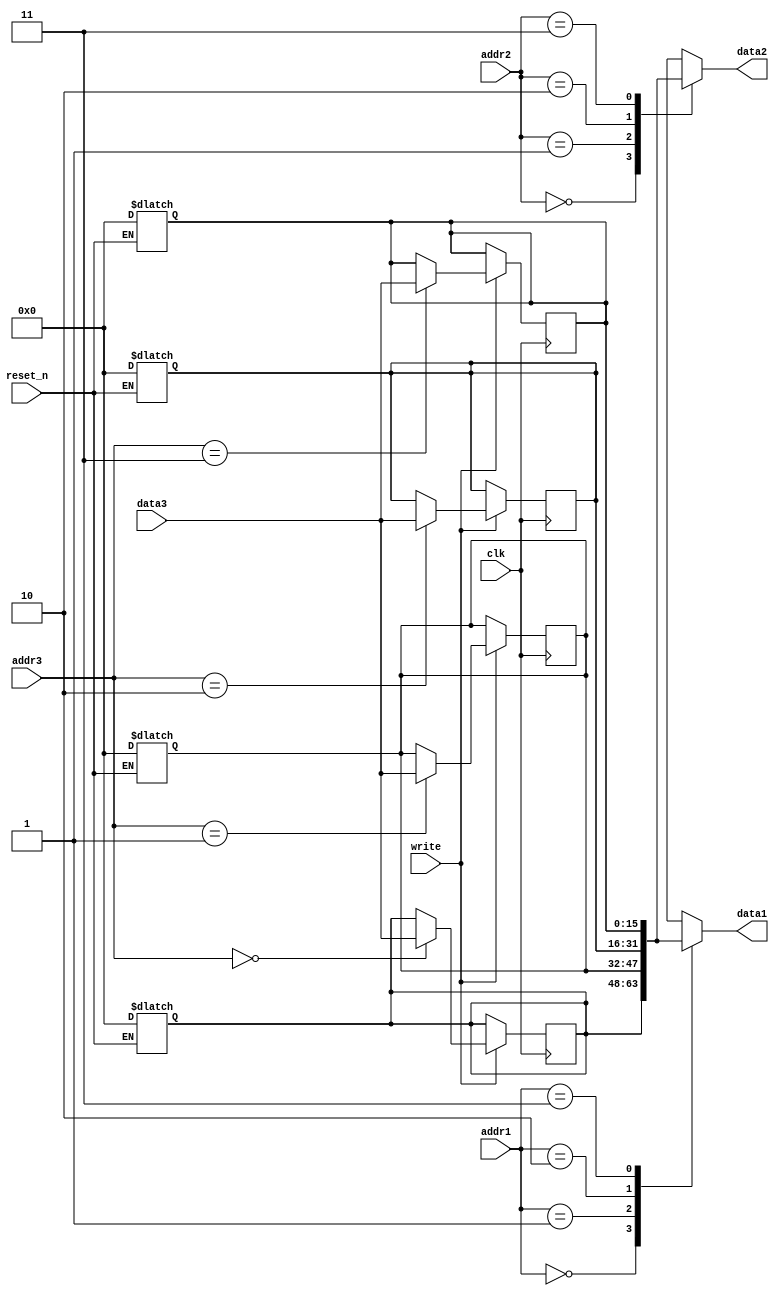
`timescale 1ns / 1ps
//////////////////////////////////////////////////////////////////////////////////
// Company: 
// Engineer: 
// 
// Design Name: 
// Module Name: RF
// Project Name: 
// Target Devices: 
// Tool Versions: 
// Description: 
// 
// Dependencies: 
// 
// Revision:
// Revision 0.01 - File Created
// Additional Comments:
// 
//////////////////////////////////////////////////////////////////////////////////
`define WORD_SIZE 16 
module RF(
    input [1:0] addr1,
    input [1:0] addr2,
    input [1:0] addr3,
    input [`WORD_SIZE-1:0] data3,
    input write,
    input clk,
    input reset_n,
    output reg [`WORD_SIZE-1:0] data1,
    output reg [`WORD_SIZE-1:0] data2
    );
    reg [15:0] reg1;
    reg [15:0] reg2;
    reg [15:0] reg3;
    reg [15:0] reg4;
    
    always @(reset_n) begin
        if(!reset_n) begin
            reg1 <= 16'b0;
            reg2 <= 16'b0;
            reg3 <= 16'b0;
            reg4 <= 16'b0;
        end 
    end    
    
    always @(*) begin
        case(addr1)
            0:  data1 <= reg1;
            1:  data1 <= reg2;
            2:  data1 <= reg3; 
            3:  data1 <= reg4;
        endcase
        case(addr2)
            0:  data2 <= reg1;
            1:  data2 <= reg2;
            2:  data2 <= reg3; 
            3:  data2 <= reg4;
        endcase 
    end    
    always @(posedge clk) begin
        if(write)
            case(addr3)
                0: reg1 <= data3;
                1: reg2 <= data3;           
                2: reg3 <= data3;           
                3: reg4 <= data3;  
            endcase
      end
      
endmodule